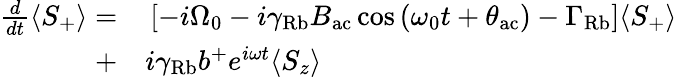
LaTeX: \begin{array}{rl}{\frac{d}{dt}\langle S_{+}\rangle=}&{{}\left[-i\Omega_{0}-i\gamma_{\mathrm{Rb}}B_{\mathrm{ac}}\cos\left({\omega_{0}t+\theta_{\mathrm{ac}}}\right)-\Gamma_{\mathrm{Rb}}\right]\langle S_{+}\rangle}\\ {+}&{{}i\gamma_{\mathrm{Rb}}b^{+}e^{i\omega t}\langle S_{z}\rangle}\end{array}